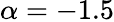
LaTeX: \alpha=-1.5